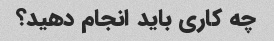
چه کاری باید انجام دهید؟